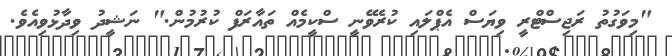
"މިވަގުތު ރަޖިސްޓްރީ ވިޔަސް އެޕްލައި ކުރެވޭނީ ސްކީމެއް ތައާރަފް ކުރުމުން." ނަޝީދު ވިދާޅުވިއެވެ.